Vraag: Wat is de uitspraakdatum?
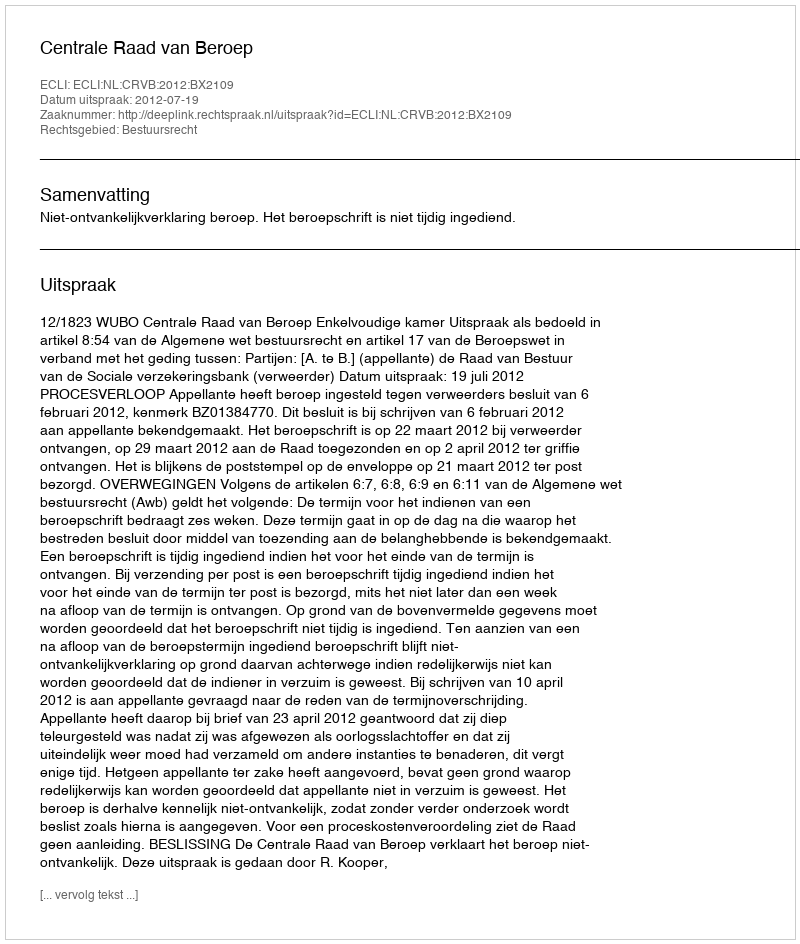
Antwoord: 2012-07-19